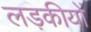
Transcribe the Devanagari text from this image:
लड़कीयों